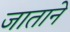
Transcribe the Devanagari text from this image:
जाताने